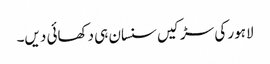
لاہور کی سڑکیں سنسان ہی دکھائی دیں۔